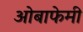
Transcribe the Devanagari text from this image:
ओबाफेमी